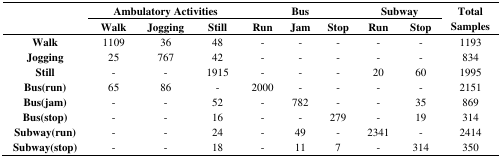
<table><thead><tr><td rowspan="3"></td><td colspan="3"><b>Ambulatory Activities</b></td><td colspan="3"><b>Bus</b></td><td colspan="2"><b>Subway</b></td><td rowspan="3"><b>Total Samples</b></td></tr><tr><td><b>Walk</b></td><td><b>Jogging</b></td><td><b>Still</b></td><td><b>Run</b></td><td><b>Jam</b></td><td><b>Stop</b></td><td><b>Run</b></td><td><b>Stop</b></td></tr></thead><tbody><tr><td><b>Walk</b></td><td>1109</td><td>36</td><td>48</td><td>-</td><td>-</td><td>-</td><td>-</td><td>-</td><td>1193</td></tr><tr><td><b>Jogging</b></td><td>25</td><td>767</td><td>42</td><td>-</td><td>-</td><td>-</td><td>-</td><td>-</td><td>834</td></tr><tr><td><b>Still</b></td><td>-</td><td>-</td><td>1915</td><td>-</td><td>-</td><td>-</td><td>20</td><td>60</td><td>1995</td></tr><tr><td><b>Bus(run)</b></td><td>65</td><td>86</td><td>-</td><td>2000</td><td>-</td><td>-</td><td>-</td><td>-</td><td>2151</td></tr><tr><td><b>Bus(jam)</b></td><td>-</td><td>-</td><td>52</td><td>-</td><td>782</td><td>-</td><td>-</td><td>35</td><td>869</td></tr><tr><td><b>Bus(stop)</b></td><td>-</td><td>-</td><td>16</td><td>-</td><td>-</td><td>279</td><td>-</td><td>19</td><td>314</td></tr><tr><td><b>Subway(run)</b></td><td>-</td><td>-</td><td>24</td><td>-</td><td>49</td><td>-</td><td>2341</td><td>-</td><td>2414</td></tr><tr><td><b>Subway(stop)</b></td><td>-</td><td>-</td><td>18</td><td>-</td><td>11</td><td>7</td><td>-</td><td>314</td><td>350</td></tr></tbody></table>